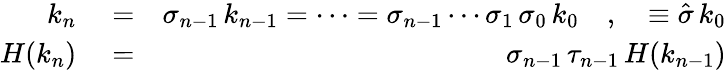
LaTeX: \begin{array}{rlr}{k_{n}}&{{}=}&{\sigma_{n-1}\, k_{n-1}=\cdots=\sigma_{n-1}\cdots\sigma_{1}\, \sigma_{0}\, k_{0}\quad,\quad\equiv\hat{\sigma}\, k_{0}}\\ {H(k_{n})}&{{}=}&{\sigma_{n-1}\, \tau_{n-1}\, H(k_{n-1})}\end{array}